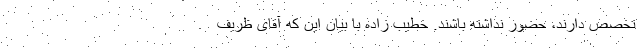
تخصص دارند، حضور نداشته باشند. خطیب زاده با بیان این که آقای ظریف